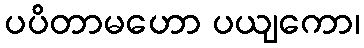
ပပိတာမဟော ပယျကော၊